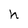
Character: h